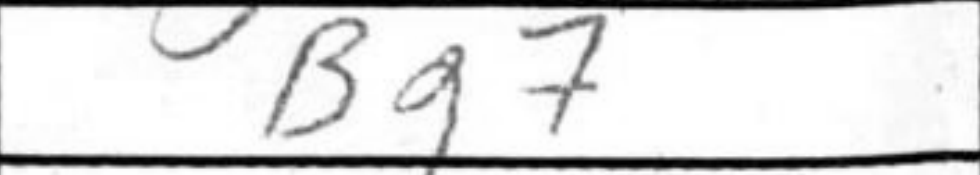
Transcription: Bg7